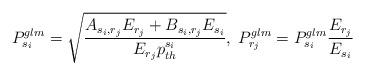
LaTeX: \begin{align*}P_{s_i}^{glm}=\sqrt{\frac{A_{s_i,r_j}E_{r_j}+B_{s_i,r_j}E_{s_i} }{ E_{r_j} p_{th}^{s_i}}}, \; P_{r_j}^{glm}=P_{s_i}^{glm} \frac{E_{r_j}}{E_{s_i}}\end{align*}